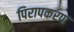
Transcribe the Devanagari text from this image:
पिरापकरण